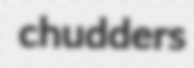
chudders